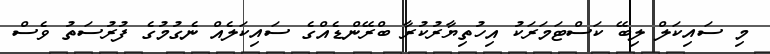
މި ސައިކަލް ލިބޭ ކަސްޓަމަރަކު އިހުތިޔާރުކުރާ ބްރޭންޑެއްގެ ސައިކަލެއް ނެގުމުގެ ފުރުސަތު ވެސް